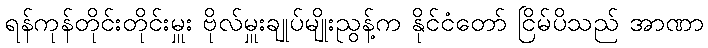
ရန်ကုန်တိုင်းတိုင်းမှူး ဗိုလ်မှူးချုပ်မျိုးညွန့်က နိုင်ငံတော် ငြိမ်ပိသည် အာဏာ